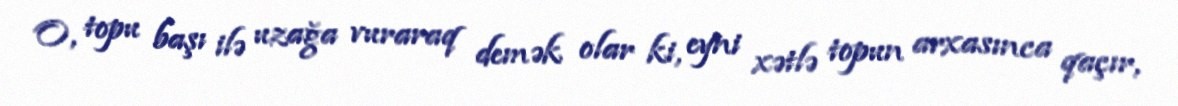
O, topu başı ilə uzağa vuraraq demək olar ki, eyni xətlə topun arxasınca qaçır,